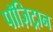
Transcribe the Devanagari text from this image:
पॉज़िट्रान